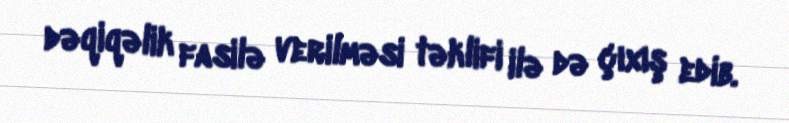
dəqiqəlik fasilə verilməsi təklifi ilə də çıxış edib.